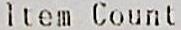
ITEM COUNT